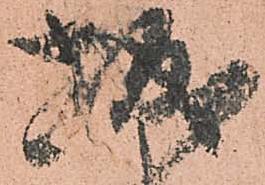
城